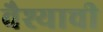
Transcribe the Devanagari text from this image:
वैश्याची